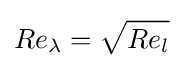
Re_{\lambda }={\sqrt {Re_{l}}}